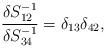
LaTeX: \begin{align*} \frac{\delta S^{-1}_{12}}{\delta S^{-1}_{34}}=\delta_{13}\delta_{42},\end{align*}